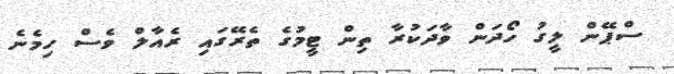
ސްޕޭން ލީގު ހޯދަން ވާދަކުރާ ތިން ޓީމުގެ ތެރޭގައި ރެއާލް ވެސް ހިމެނެ